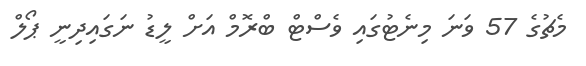
މެޗުގެ 57 ވަނަ މިނެޓުގައި ވެސްޓް ބްރޮމް އަށް ލީޑު ނަގައިދިނީ ޕޯލް